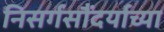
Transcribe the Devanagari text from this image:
निसर्गसौंदर्याच्या